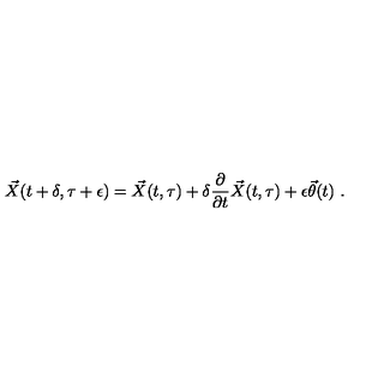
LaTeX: { \vec { X } } ( t + \delta , \tau + \epsilon ) = { \vec { X } } ( t , \tau ) + \delta \frac { \partial } { \partial t } { \vec { X } } ( t , \tau ) + \epsilon { \vec { \theta } } ( t ) \ .